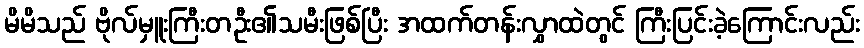
မိမိသည် ဗိုလ်မှူးကြီးတဦး၏သမီးဖြစ်ပြီး အထက်တန်းလွှာထဲတွင် ကြီးပြင်းခဲ့ကြောင်းလည်း